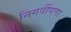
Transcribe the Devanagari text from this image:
निगर्वीपणा